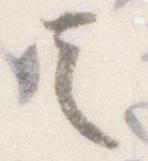
言